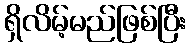
ရှိလိမ့်မည်ဖြစ်ပြီး